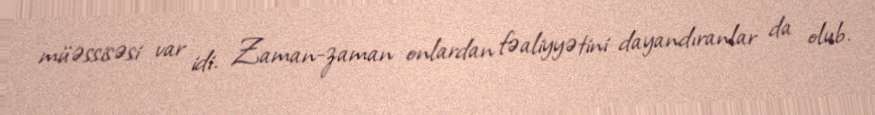
müəssisəsi var idi. Zaman-zaman onlardan fəaliyyətini dayandıranlar da olub.